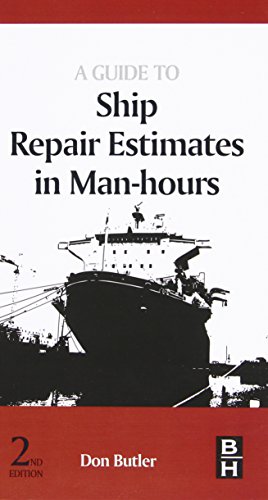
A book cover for A Guide to Ship Repair Estimates in Man-hours, Second Edition; Don Butler DTI Combined first class Engineers Certificate of competency for steam ships and motor ships.Chartered Engineer (C. Eng)Fellow of the Institute of Marine Engineers (F.I.Mar.E)Member of Society of Consulting Marine Engineers (M.C.M.S); Engineering & Transportation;